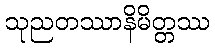
သုညတဿာနိမိတ္တဿ